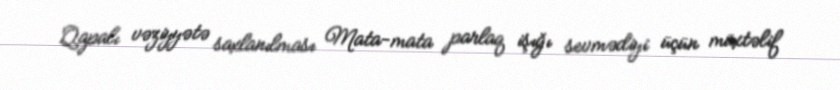
Qapalı vəziyyətə saxlanılması Mata-mata parlaq işığı sevmədiyi üçün müxtəlif